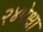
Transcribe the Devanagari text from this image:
२४पेक्षा